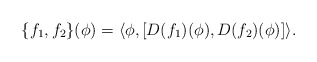
\begin{align*}\{f_1, f_2\}(\phi) = \langle\phi,[D(f_1)(\phi), D(f_2)(\phi)]\rangle. \end{align*}